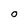
Character: O